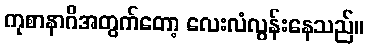
ကုစာနာဂိအတွက်တော့ လေးလံလွန်းနေသည်။